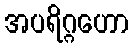
အပရိဂ္ဂဟော